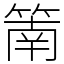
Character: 䈒